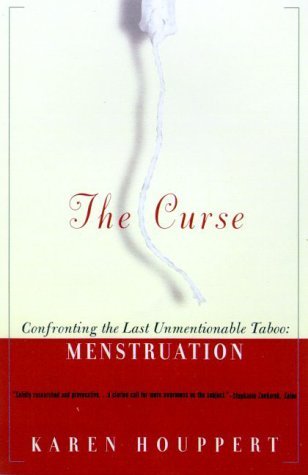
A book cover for The Curse: Confronting the Last Unmentionable Taboo: Menstruation [Paperback] [2000] (Author) Karen Houppert; Health, Fitness & Dieting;